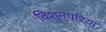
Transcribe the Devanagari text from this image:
विशुनपरिया